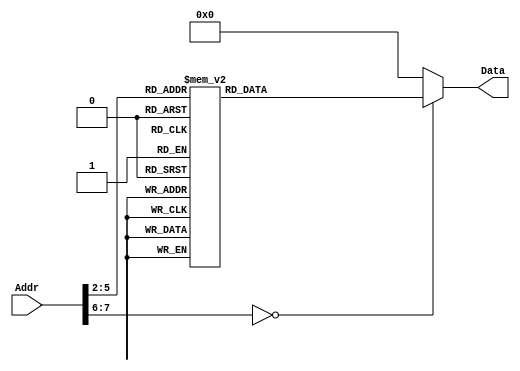
module _ROM(Addr,Data);
	input [31:0] Addr;
	output [31:0] Data;
	
	reg [31:0] Data;

	always @(*)
		case(Addr[7:2])
			0: Data=32'b00001000010000000000000000000010;
			1: Data=32'b00001000010000000000000000001101;
			2: Data=32'b00111100000010010100000000000000;
			3: Data=32'b00111100000010100000000000010000;
			4: Data=32'b00000000000010100101010000000010;
			5: Data=32'b00000001001010100100100000100001;
			6: Data=32'b00111100000010100100000000000000;
			7: Data=32'b00111100000010110000000000001100;
			8: Data=32'b00000000000010110101110000000010;
			9: Data=32'b00000001010010110101000000100001;
			10: Data=32'b10001101001010110000000000000000;
			11: Data=32'b10101101010010110000000000000000;
			12: Data=32'b00001000010000000000000000000010;
			13: Data=32'b00001000010000000000000000000010;
		   default:	Data=32'h00000000;
		endcase
endmodule